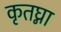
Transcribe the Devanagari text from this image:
कृतघ्ना